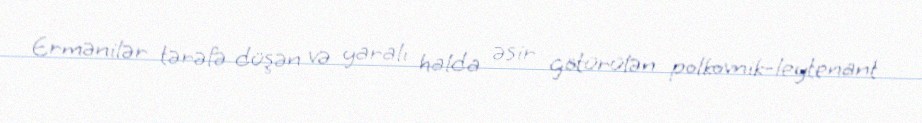
Ermənilər tərəfə düşən və yaralı halda əsir götürülən polkovnik-leytenant